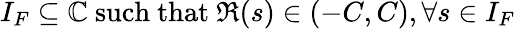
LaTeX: I_{F}\subseteq\mathbb{C}\ {\mathrm{such~that}}\ \Re(s)\in(-C,C),\forall s\in I_{F}